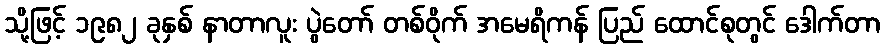
သို့ဖြင့် ၁၉၈၂ ခုနှစ် နာတာလူး ပွဲတော် တစ်ဝိုက် အမေရိကန် ပြည် ထောင်စုတွင် ဒေါက်တာ